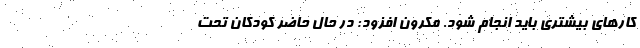
کارهای بیشتری باید انجام شود. مکرون افزود: در حال حاضر کودکان تحت